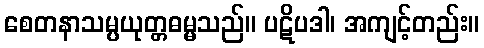
စေတနာသမ္ပယုတ္တဓမ္မသည်။ ပဋိပဒါ၊ အကျင့်တည်း။